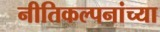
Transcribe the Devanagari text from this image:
नीतिकल्पनांच्या